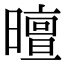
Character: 𣋊